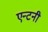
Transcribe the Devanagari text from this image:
एन्टनी